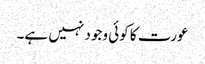
عورت کا کوئی وجود نہیں ہے۔